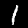
Label: 1